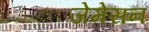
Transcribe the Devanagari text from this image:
जेमेसन